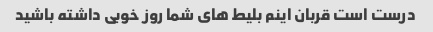
درست است قربان اینم بلیط های شما روز خوبی داشته باشید